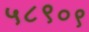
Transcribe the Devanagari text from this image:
५८९०९